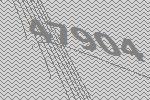
47904